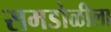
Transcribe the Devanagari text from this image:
समडोळीला